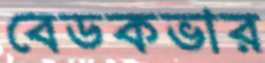
বেডকভার